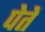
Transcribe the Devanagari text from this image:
पेतें